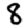
Digit: 8